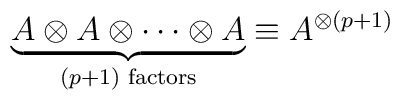
\underbrace{A \otimes A \otimes \cdots \otimes A}_{(p+1)             \,\, {\rm factors}}\equiv A^{\otimes (p+1)}